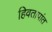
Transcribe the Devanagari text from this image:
हिवतापांत